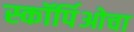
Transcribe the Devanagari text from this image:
स्कॉर्पिओचा